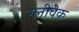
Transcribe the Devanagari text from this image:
ग्लीवेक